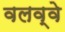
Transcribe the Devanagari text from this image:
वलव्वे